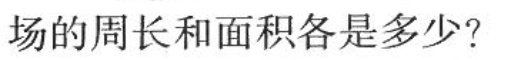
场的周长和面积各是多少?